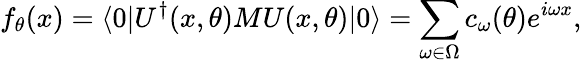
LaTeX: f_{\theta}(x)=\langle 0|U^{\dagger}(x,\theta)MU(x,\theta)|0\rangle=\sum_{\omega\in\Omega}c_{\omega}(\theta)e^{i\omega x},